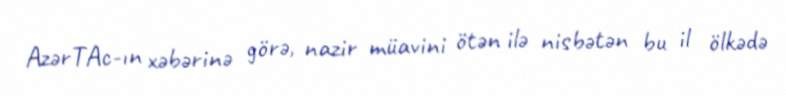
AzərTAc-ın xəbərinə görə, nazir müavini ötən ilə nisbətən bu il ölkədə